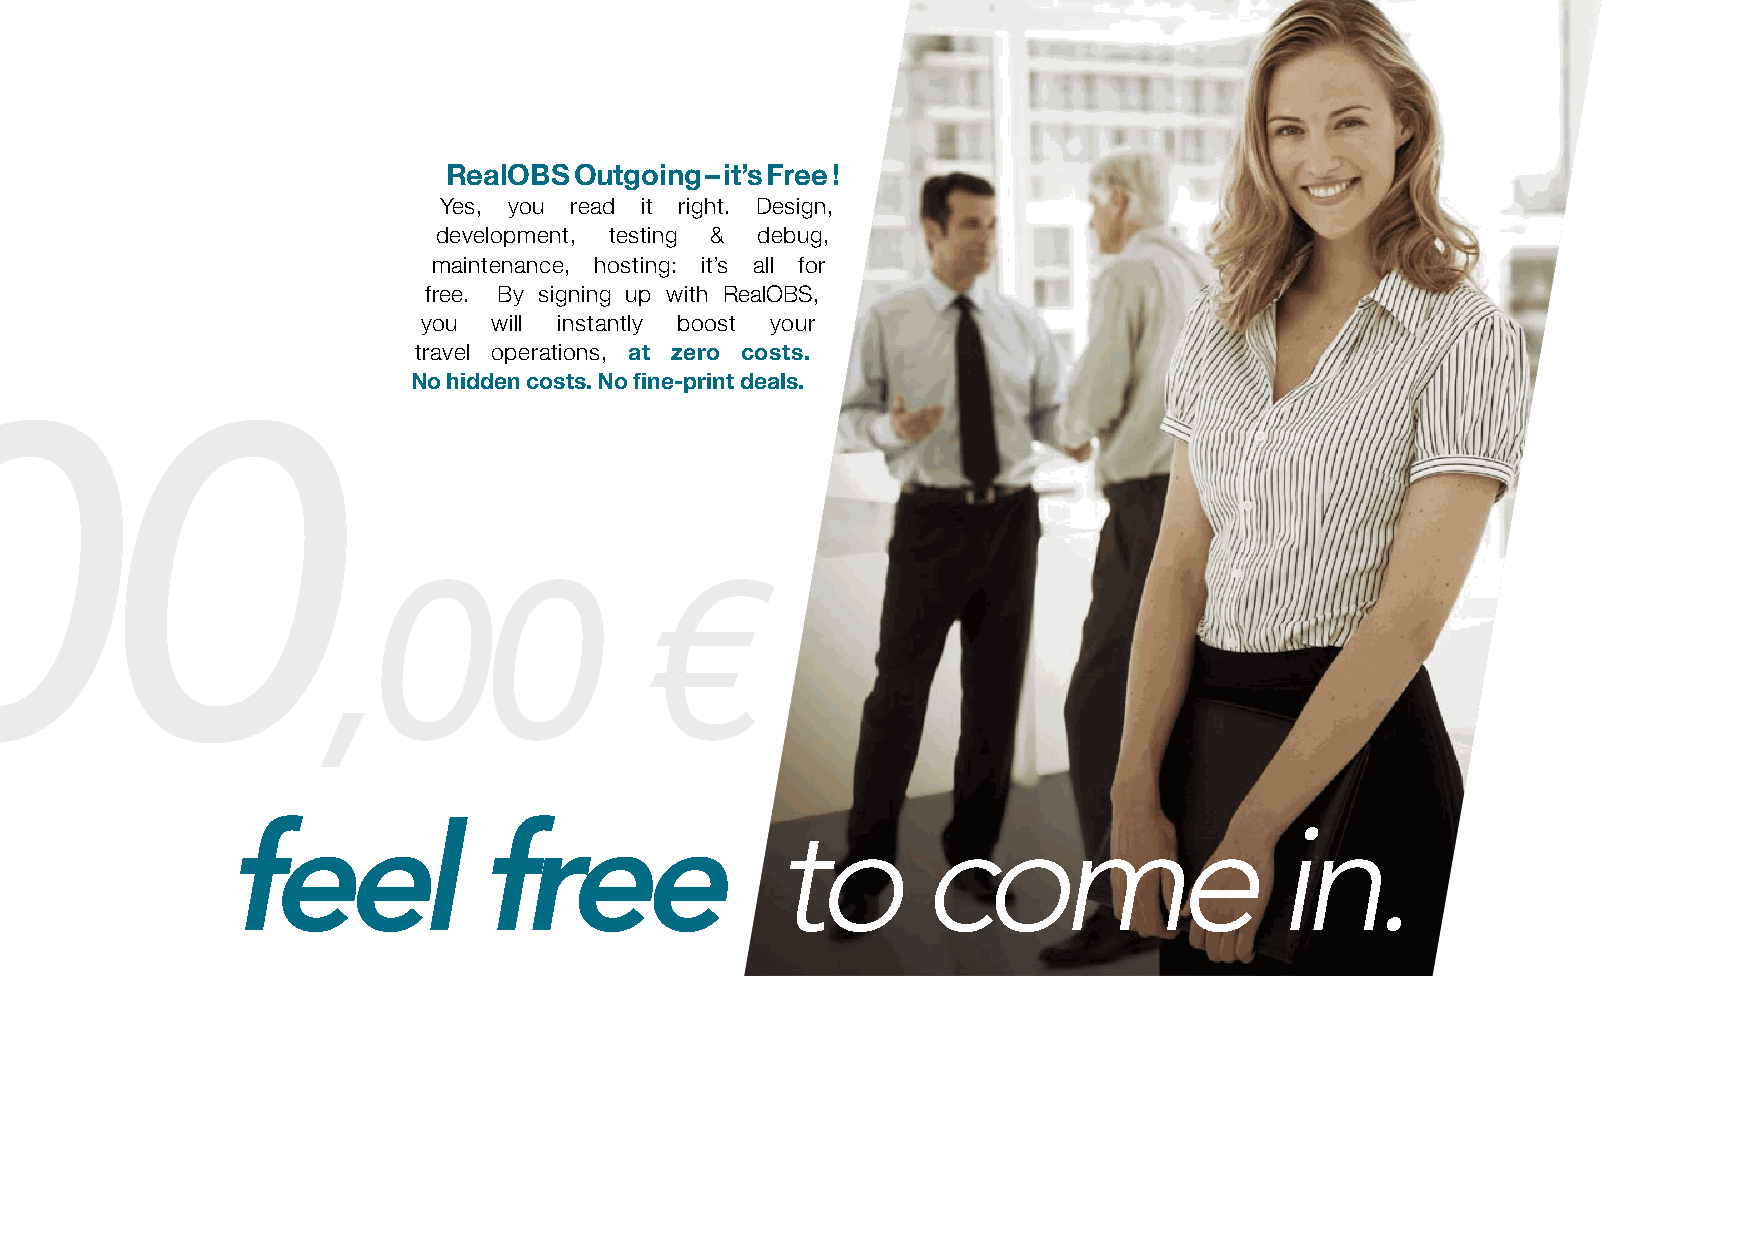
RealOBS Outgoing – it’s Free !
 Yes, you read it right. Design,
 development, testing & debug,
 maintenance, hosting: it’s all for
 free. By signing up with RealOBS,
 you  will instantly boost your
 travel operations, at zero costs.
 No hidden costs. No fine-print deals.
 00
 ,00                  €
 feel             free               to        come                   in.